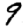
Digit: 9